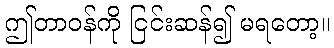
ဤတာဝန်ကို ငြင်းဆန်၍ မရတော့။